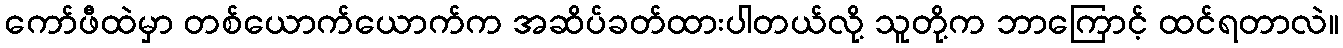
ကော်ဖီထဲမှာ တစ်ယောက်ယောက်က အဆိပ်ခတ်ထားပါတယ်လို့ သူတို့က ဘာကြောင့် ထင်ရတာလဲ။